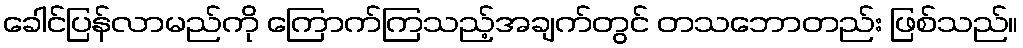
ခေါင်ပြန်လာမည်ကို ကြောက်ကြသည့်အချက်တွင် တသဘောတည်း ဖြစ်သည်။